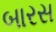
બારસ